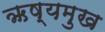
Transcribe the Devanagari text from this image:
ऋष्यमुख